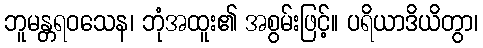
ဘူမန္တရဝသေန၊ ဘုံအထူး၏ အစွမ်းဖြင့်။ ပရိယာဒိယိတွာ၊